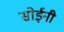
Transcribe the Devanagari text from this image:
सोईनी